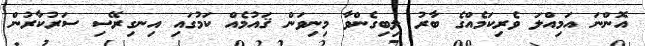
އޮންނަ އަމިއްލަ ވެރިކަމެއްގެ ބާރު ލިބިގެންވާ މިނިވަން ޤައުމެއް ކަމުގައި އިނގިރޭސި ސަރުކާރުން